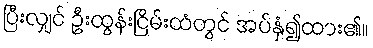
ပြီးလျှင် ဦးထွန်းငြိမ်းထံတွင် အပ်နှံ၍ထား၏။